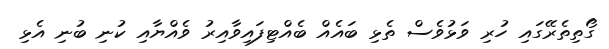
ގޯތިތެރޭގައި ހުރި ވަޅުވެސް ތެޅި ބައެއް ބެއްޓިފައިވާއިރު ވެއްޔާއި ކުނި ބުނި އެޅި